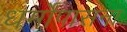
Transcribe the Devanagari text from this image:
धर्मोंपासना